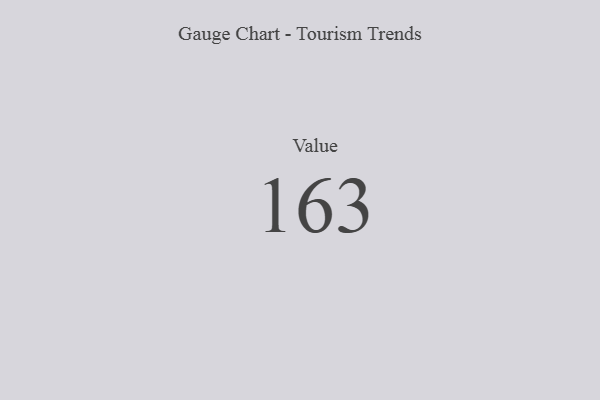
{"axis": {"x": "Metric", "y": "Value"}, "legend": [""], "data": [{"x": "Value", "y": 163, "type": ""}]}